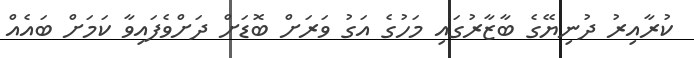
ކުރާއިރު ދުނިޔޭގެ ބާޒާރުގައި މަހުގެ އަގު ވަރަށް ބޮޑަށް ދަށްވެފައިވާ ކަމަށް ބައެއް